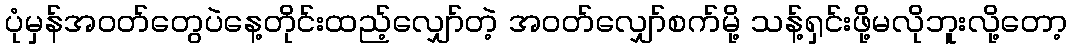
ပုံမှန်အဝတ်တွေပဲနေ့တိုင်းထည့်လျှော်တဲ့ အဝတ်လျှော်စက်မို့ သန့်ရှင်းဖို့မလိုဘူးလို့တော့